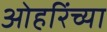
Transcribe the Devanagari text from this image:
ओहरिंच्या